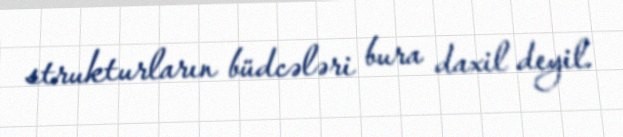
strukturların büdcələri bura daxil deyil.